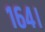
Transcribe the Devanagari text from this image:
१६४।